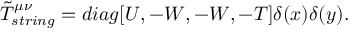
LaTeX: \tilde { T } _ { s t r i n g } ^ { \mu \nu } = d i a g [ U , - W , - W , - T ] \delta ( x ) \delta ( y ) .